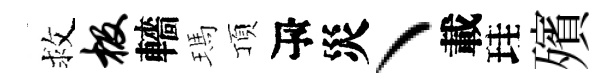
救极轖瑪頂瓴災丶載珪殯